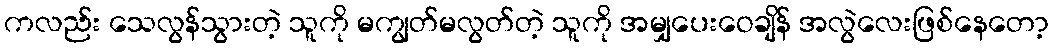
ကလည်း သေလွန်သွားတဲ့ သူကို မကျွတ်မလွတ်တဲ့ သူကို အမျှပေးဝေချိန် အလွဲလေးဖြစ်နေတော့